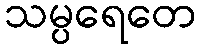
သမ္ပရေတေ